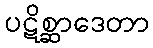
ပဋိစ္ဆာဒေတာ